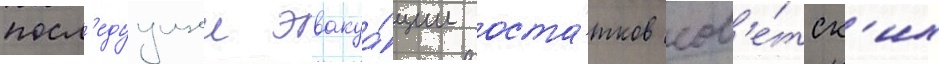
посл'едуущеи эвакуа́ции оста́тков сов'е́тск'их